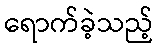
ရောက်ခဲ့သည့်